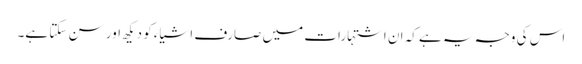
اس کی وجہ یہ ہے کہ ان اشتہارات میں صارف اشیاء کو دیکھ اور سن سکتا ہے۔